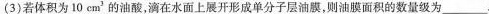
(3)若体积为10cm^{3}的油酸，滴在水面上展开形成单分子层油膜，则油膜面积的数量级为___